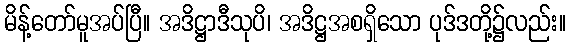
မိန့်တော်မူအပ်ပြီ။ အဒိဋ္ဌာဒီသုပိ၊ အဒိဋ္ဌအစရှိသော ပုဒ်ဒတို့၌လည်း။